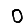
Digit: 0